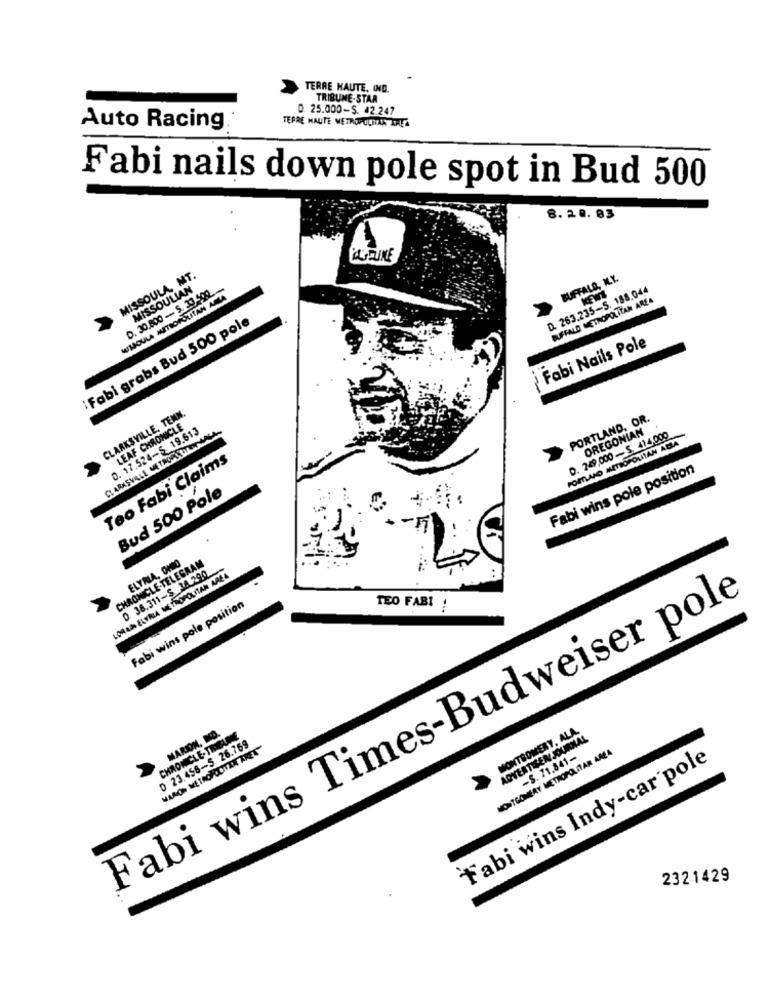
TERRE HAUTE, IND.
TRIBUNE-STAR
D. 25.000-S. 42.247
TERRE HAUTE METROPOLWIE ZAES
Auto Racing
Fabi nails down pole spot in Bud 500
8. 20.83
MISSOULA, MT.
BUFFALO, N.Y.
D. 30.800 -- 5. 33.500
MISSOULIAN
D. 263.235-S. 188.044
KEWE
MISSOULA METROPOLITAN ANA
BUFFALO METROPOLITAN AREA
iFabi grabs Bud 500 pole
Fabi Nails Pole
CLARKSVILLE. TENN.
PORTLAND, OR
0. 17.524-S 19.613
LEAF CHRONICLE
0. 240,000 -S. 414.000
OREGONIAN
PORTLAND METROPOLITAN ALLA
Teo Fabi Claims
Fabi wins pole position
Bud 500 Pole
CHRONICLE-TELEGRAM
ELYRIA, OHIO
LORAS ELYRIA METROPOLITAN AREA
0. 38.311-S 38 290
Fabi wins Times-Budweiser pole
Fabi wins pole position
TEO FABI
MARION, NO.
MONTGOMERY, ALA.
D 23.456-5. 26.769
ADVERTISEN JOURNAL
MARON METROPOLITAN ARET
MONTGOMERY METROPOLITAR AREA
-S. 71.841-
Fabi wins Indy-car pole
2321429